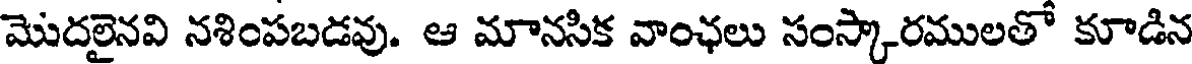
మొదలైనవి నశింపబడవు. ఆ మానసిక వాంఛలు సంస్కారములతో కూడిన